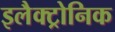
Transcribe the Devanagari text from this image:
इलैक्ट्रोनिक